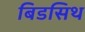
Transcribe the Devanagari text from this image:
बिडसिथ